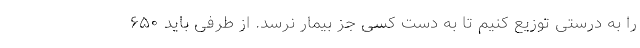
را به درستی توزیع کنیم تا به دست کسی جز بیمار نرسد. از طرفی باید ۶۵۰